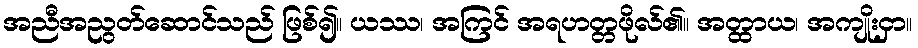
အညီအညွတ်ဆောင်သည် ဖြစ်၍။ ယဿ၊ အကြင် အရဟတ္တဖိုလ်၏။ အတ္ထာယ၊ အကျိုးငှာ။